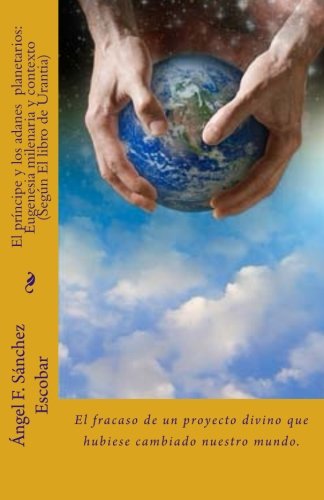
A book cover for El prÃ­ncipe y los adanes  planetarios: Eugenesia milenaria y contexto (SegÃºn El libro de Urantia): El fracaso de un proyecto divino que hubiese cambiado nuestro mundo. (Spanish Edition); ÃEngel F. SÃ¡nchez-Escobar; Religion & Spirituality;